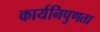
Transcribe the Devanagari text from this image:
कार्यनिपुणता